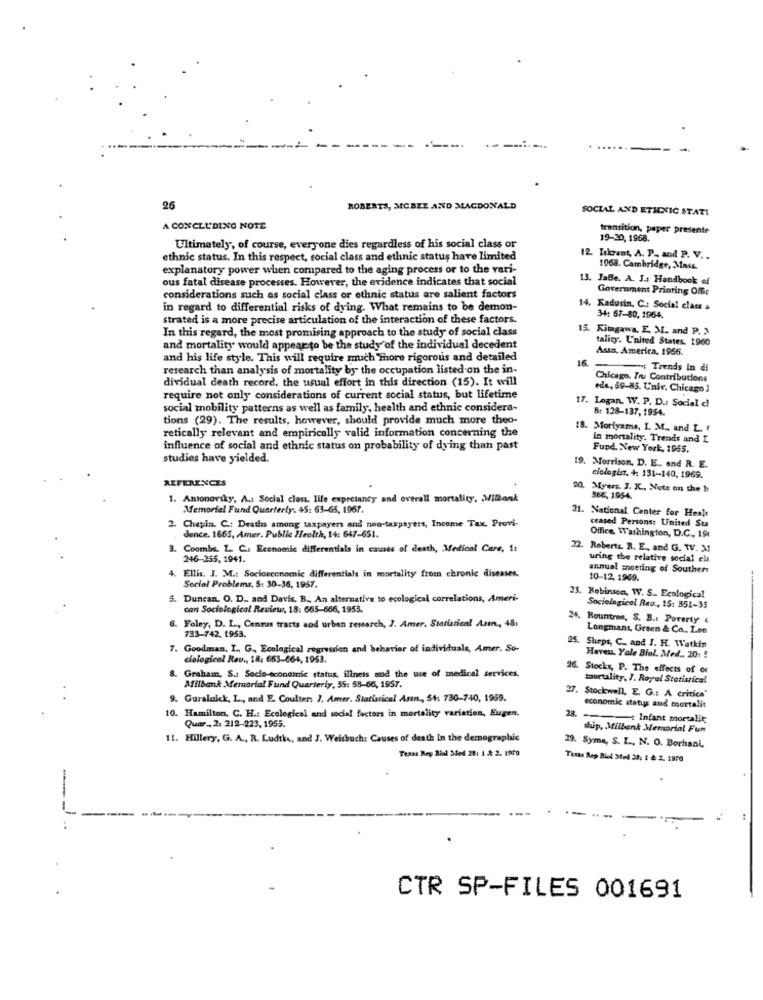
26
ROBERTS, MCBEE AND MACDONALD
SOCIAL AND ETHNIC STATI
A CONCLUDING NOTE
transition, paper presente
19-20, 1968.
Ultimately, of course, everyone dies regardless of his social class or
ethnic status. In this respect, social class and ethnic status have limited
2 Iskrant, A. P. and P. V ..
explanatory power when compared to the aging process or to the vari-
1968. Cambridge, Mass.
ous fatal disease processes. However, the evidence indicates that social
13. Jaffe. A. J.a Handbook of
Government Printing Offc
considerations such as social class or ethnic status are salient factors
in regard to differential risks of dying. What remains to be demon-
14. Kedusin. C .: Social class =
strated is a more precise articulation of the interaction of these factors.
34: 67-80, 1964.
In this regard, the most promising approach to the study of social class
15. Kitagawa, E, M. and P. 3
tality. United States. 1960
and mortality would appearto be the study of the individual decedent
Asin, America, 1966.
and his life style. This will require much Thore rigorous and detailed
16.
research than analysis of mortality by the occupation listed on the in-
: Trends In di
dividual death record, the usual effort in this direction (15). It will
Chicago. Zru Contributions
eda, 59-85. Univ. Chicago ]
require not only considerations of current social status, but lifetime
17. Logan. W. P. D .: Social d!
social mobility patterns as well as family, health and ethnic considera-
8: 128-137, 1954.
tions (29). The results, however, should provide much more theo-
retically relevant and empirically valid information concerning the
18. Moriyama, I. M ., and L.
in mortality. Trends and L
influence of social and ethnic status on probability of dying than past
Fund. New York, 1955.
studies have yielded.
19. Morrison, D. E ., and R. E.
REFERENCES
clologis. + 131-140, 1969.
20. Myers. J. K ., Note on the b
1. Antonorsky, A .: Social class, life expectancy and overall mortality, Milbank
366, 1954.
Memorial Fund Quarterly. 45: 63-65, 1967.
21. National Center for Healt
2. Chapin. C .: Deaths among taxpayers and non-taxpayers, Income Tax. Provi-
ceased Persons: United Sta
dence. 1665, Amer. Public Health, 14: 647-651.
Office, Washington, D.C, 19
3. Coombs. L. C ., Economic differentials in causes of death, Medical Care, 1:
22. Roberte. R. E ., and G. W. M
246-255, 1941.
uring the relative social el.
annual meeting of Southern
. Ellis. J. M .: Socioeconomic differentials in mortality from chronic diseases.
10-12, 1969.
--
Social Problems, 5: 30-36, 1957.
i. Duncan. O. D. and Davis. B ., An alternative to ecological correlations, Ameri-
23. Robinson, W. S .. Ecological
can Sociological Review, 18: 665-656, 1953.
Sociological Reu ., 15: 351-35
4. Rountree, S. B.I Poverty &
6. Foley, D. L ., Canras tracts and urban research, J. Amer. Statistical Aren ., 48:
733-742. 1953.
Longmant, Green & Co ., Lon
. Goodman, L. G ., Ecological regression and behavior of individuals, Amer. So-
Sheps, C. and I. H. Watkin
ciological Rev ., 18: 663-664, 1953.
Haveu. Yale Biol. Med ., 20: !
8. Graham, S .: Socio-economic status, illness and the use of medical services.
26. Stocks, P. The effects of or
toortality, 7. Royal Statistica!
Milbank Memorial Fund Quarterly, 35: 58-66, 1957.
9. Guralnick, L ., and E. Coulten J, Amer. Statistical Anın, 54: 730-740, 1959.
27. Stockwell, E. G .: A critica'
28
economic status and mortalit
10. Hamilton, C. H .: Ecological and social factors in mortality variation, Eugen.
Infant mortality
Quar ., 2: 212-223, 1955.
ship, Milbank Memorial Fun
11. Hillery, G. A ., R. Ludtks, and J. Weisbuch: Causes of death In the demographic
29. Syme, S. L ., N. O. Bothani,
Texas Rep Biot Sted 28: 1 & 2. 1970
CTR SP-FILES 001691